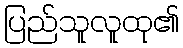
ပြည်သူလူထု၏